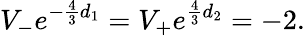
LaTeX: V_{-}e^{-\frac{4}{3}d_{1}}=V_{+}e^{\frac{4}{3}d_{2}}=-2.